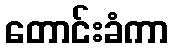
တောင်းခံကာ